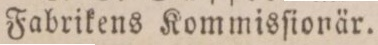
Fabrikens Kommisſionär.